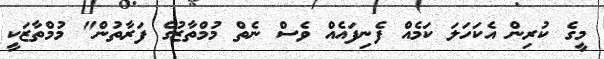
މީގެ ކުރިން އެކަހަލަ ކަމެއް ފެނިފައެއް ވެސް ނެތް މުމްތާޒުގެ ފަރާތުން" މުމްތާޒަކީ